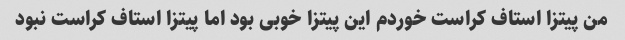
من پیتزا استاف کراست خوردم این پیتزا خوبی بود اما پیتزا استاف کراست نبود